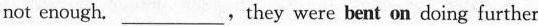
not enough.___，they were bent on doing further